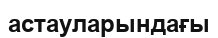
астауларындағы